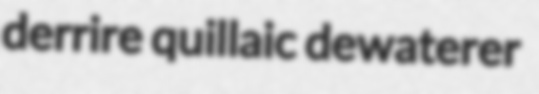
derrire quillaic dewaterer